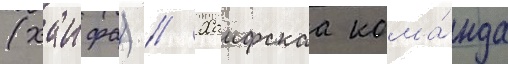
(хаифа) // Хаифскаа кома́нда